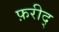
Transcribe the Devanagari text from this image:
फ़रीद्